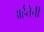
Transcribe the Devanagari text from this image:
अर्हतेची